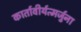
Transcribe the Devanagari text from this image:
कार्तावीर्यत्मर्जुना